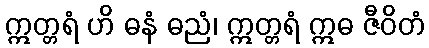
ဣတ္တရံ ဟိ ဓနံ ဓညံ၊ ဣတ္တရံ ဣဓ ဇီဝိတံ